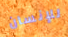
للإنسان